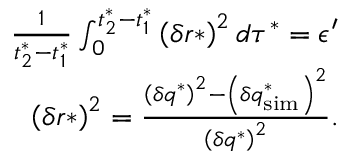
\begin{array} { r } { \frac { 1 } { t _ { 2 } ^ { * } - t _ { 1 } ^ { * } } \int _ { 0 } ^ { t _ { 2 } ^ { * } - t _ { 1 } ^ { * } } \left( \delta r * \right) ^ { 2 } d \tau ^ { * } = \epsilon ^ { \prime } } \\ { \left( \delta r * \right) ^ { 2 } = \frac { \left( \delta q ^ { * } \right) ^ { 2 } - \left( \delta q _ { \mathrm { s i m } } ^ { * } \right) ^ { 2 } } { \left( \delta q ^ { * } \right) ^ { 2 } } . } \end{array}